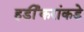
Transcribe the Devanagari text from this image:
हर्डीकरांकडे